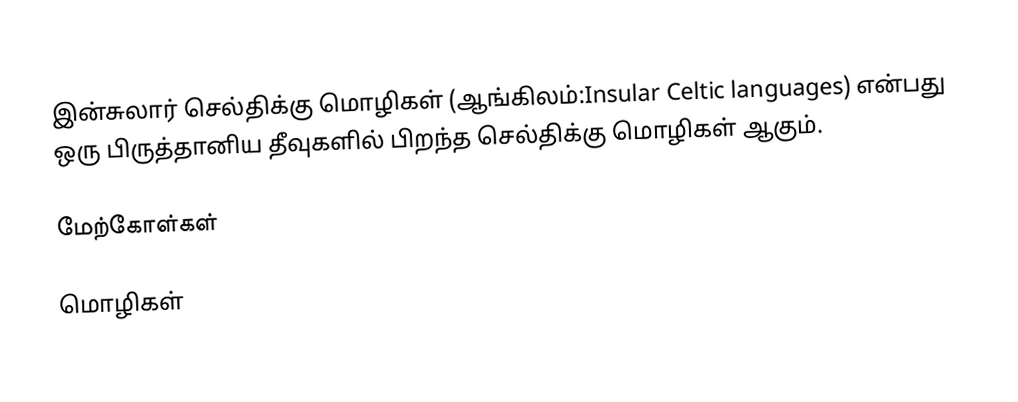
இன்சுலார் செல்திக்கு மொழிகள் (ஆங்கிலம்:Insular Celtic languages) என்பது ஒரு பிருத்தானிய தீவுகளில் பிறந்த செல்திக்கு மொழிகள் ஆகும்.

மேற்கோள்கள்

மொழிகள்